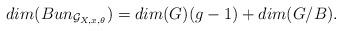
LaTeX: \begin{align*}dim(Bun_{\mathcal{G}_{X,x,\theta}}) = dim(G)(g-1) + dim(G/B).\end{align*}